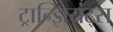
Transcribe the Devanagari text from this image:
ट्रान्झियंट्स